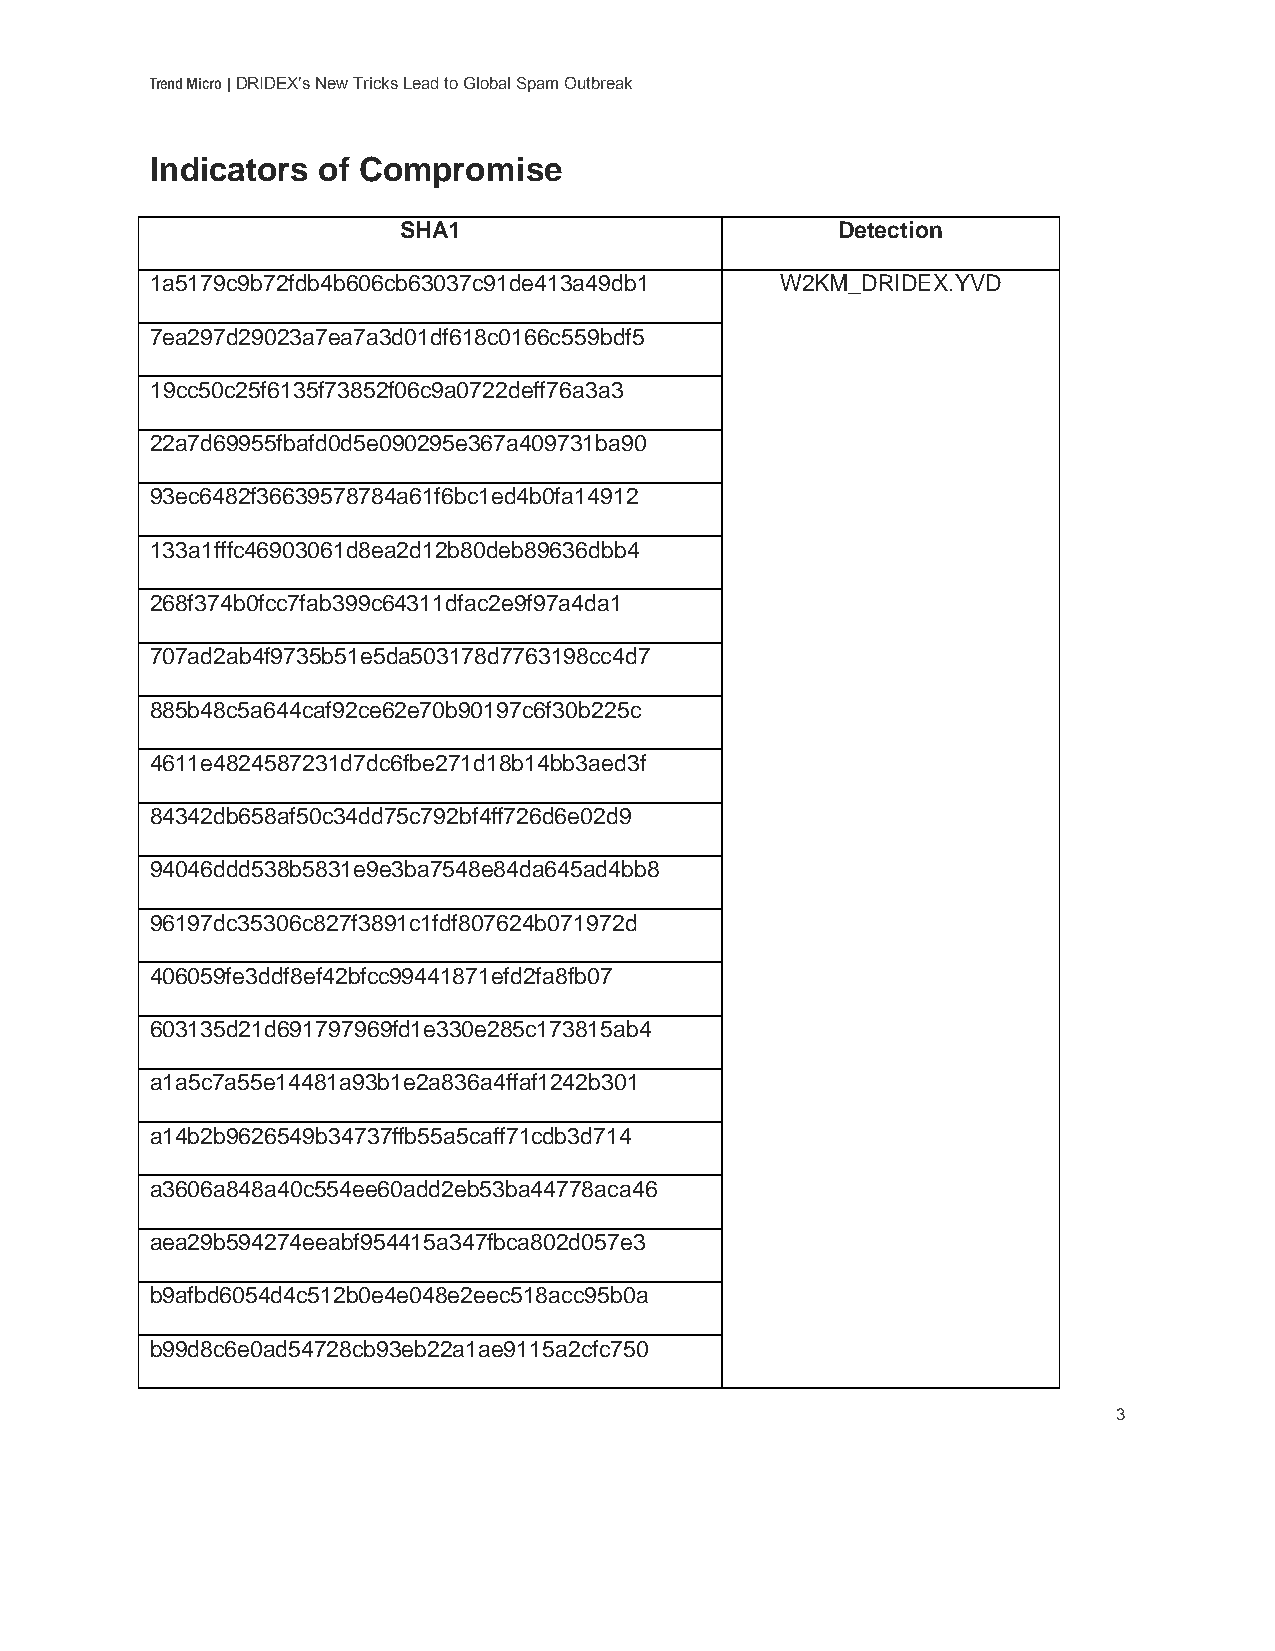
Trend Micro | DRIDEX’s New Tricks Lead to Global Spam Outbreak
 Indicators of Compromise
 SHA1                          Detection
 1a5179c9b72fdb4b606cb63037c91de413a49db1  W2KM_DRIDEX.YVD
 7ea297d29023a7ea7a3d01df618c0166c559bdf5
 19cc50c25f6135f73852f06c9a0722deff76a3a3
 22a7d69955fbafd0d5e090295e367a409731ba90
 93ec6482f36639578784a61f6bc1ed4b0fa14912
 133a1fffc46903061d8ea2d12b80deb89636dbb4
 268f374b0fcc7fab399c64311dfac2e9f97a4da1
 707ad2ab4f9735b51e5da503178d7763198cc4d7
 885b48c5a644caf92ce62e70b90197c6f30b225c
 4611e4824587231d7dc6fbe271d18b14bb3aed3f
 84342db658af50c34dd75c792bf4ff726d6e02d9
 94046ddd538b5831e9e3ba7548e84da645ad4bb8
 96197dc35306c827f3891c1fdf807624b071972d
 406059fe3ddf8ef42bfcc99441871efd2fa8fb07
 603135d21d691797969fd1e330e285c173815ab4
 a1a5c7a55e14481a93b1e2a836a4ffaf1242b301
 a14b2b9626549b34737ffb55a5caff71cdb3d714
 a3606a848a40c554ee60add2eb53ba44778aca46
 aea29b594274eeabf954415a347fbca802d057e3
 b9afbd6054d4c512b0e4e048e2eec518acc95b0a
 b99d8c6e0ad54728cb93eb22a1ae9115a2cfc750
 3